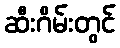
ဆီးဂိမ်းတွင်